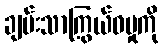
ချမ်းသာကြွယ်ဝမှုကို